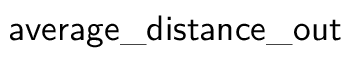
\mathsf { a v e r a g e \_ d i s t a n c e \_ o u t }